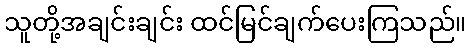
သူတို့အချင်းချင်း ထင်မြင်ချက်ပေးကြသည်။